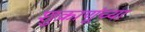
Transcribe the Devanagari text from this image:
शुक्राणूंच्या